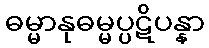
ဓမ္မာနုဓမ္မပ္ပဋိပန္နာ